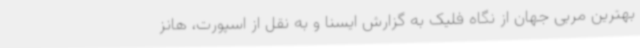
بهترین مربی جهان از نگاه فلیک به گزارش ایسنا و به نقل از اسپورت، هانز